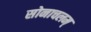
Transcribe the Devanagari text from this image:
सोनाचलम्